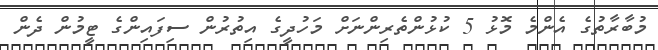
މުބާރާތުގެ އެންމެ މޮޅު 5 ކުޅުންތެރިންނަށް މަހުދީގެ އިތުރުން ސިފައިންގެ ޓީމުން ދެން